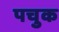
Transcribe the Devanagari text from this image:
पचुक